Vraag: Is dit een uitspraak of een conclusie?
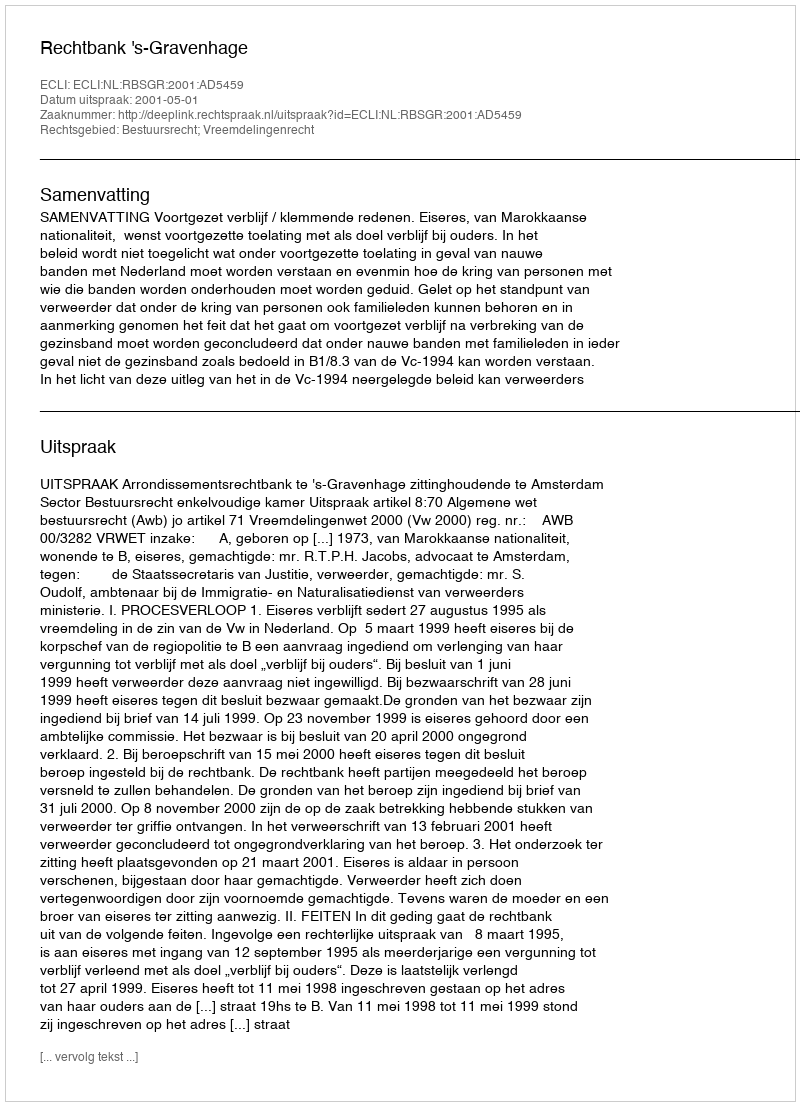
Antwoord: Uitspraak